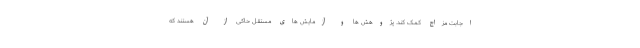
اجابت مزاج کمک کند. پژوهش ها و آزمایش های مستقل حاکی از آن هستند که